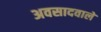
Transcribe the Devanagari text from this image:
अवसादवाले